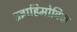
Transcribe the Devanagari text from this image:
इब्राहिमोविक